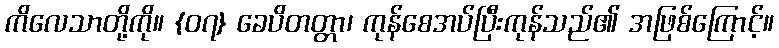
ကိလေသာတို့ကို။ {၀၇} ခေပိတတ္တာ၊ ကုန်စေအပ်ပြီးကုန်သည်၏ အဖြစ်ကြောင့်။